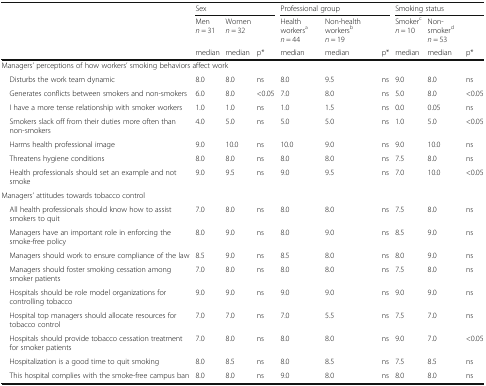
<table><thead><tr><td></td><td colspan="3"><b>Sex</b></td><td colspan="3"><b>Professional group</b></td><td colspan="3"><b>Smoking status</b></td></tr><tr><td></td><td><b>Men<i>n</i> = 31</b></td><td><b>Women<i>n</i> = 32</b></td><td></td><td><b>Health workers<sup>a</sup><i>n</i> = 44</b></td><td><b>Non-health workers<sup>b</sup><i>n</i> = 19</b></td><td></td><td><b>Smoker<sup>c</sup><i>n</i> = 10</b></td><td><b>Non-smoker<sup>d</sup><i>n</i> = 53</b></td><td></td></tr><tr><td></td><td><b>median</b></td><td><b>median</b></td><td><b>p*</b></td><td><b>median</b></td><td><b>median</b></td><td><b>p*</b></td><td><b>median</b></td><td><b>median</b></td><td><b>p*</b></td></tr></thead><tbody><tr><td colspan="10">Managers’ perceptions of how workers’ smoking behaviors affect work</td></tr><tr><td> Disturbs the work team dynamic</td><td>8.0</td><td>8.0</td><td>ns</td><td>8.0</td><td>9.5</td><td>ns</td><td>9.0</td><td>8.0</td><td>ns</td></tr><tr><td> Generates conflicts between smokers and non-smokers</td><td>6.0</td><td>8.0</td><td>&lt;0.05</td><td>7.0</td><td>8.0</td><td>ns</td><td>5.0</td><td>8.0</td><td>&lt;0.05</td></tr><tr><td> I have a more tense relationship with smoker workers</td><td>1.0</td><td>1.0</td><td>ns</td><td>1.0</td><td>1.5</td><td>ns</td><td>0.0</td><td>0.05</td><td>ns</td></tr><tr><td> Smokers slack off from their duties more often than non-smokers</td><td>4.0</td><td>5.0</td><td>ns</td><td>5.0</td><td>5.0</td><td>ns</td><td>1.0</td><td>5.0</td><td>&lt;0.05</td></tr><tr><td> Harms health professional image</td><td>9.0</td><td>10.0</td><td>ns</td><td>10.0</td><td>9.0</td><td>ns</td><td>9.0</td><td>10.0</td><td>ns</td></tr><tr><td> Threatens hygiene conditions</td><td>8.0</td><td>8.0</td><td>ns</td><td>8.0</td><td>8.0</td><td>ns</td><td>7.5</td><td>8.0</td><td>ns</td></tr><tr><td> Health professionals should set an example and not smoke</td><td>9.0</td><td>9.5</td><td>ns</td><td>9.0</td><td>9.5</td><td>ns</td><td>7.0</td><td>10.0</td><td>&lt;0.05</td></tr><tr><td colspan="10">Managers’ attitudes towards tobacco control</td></tr><tr><td> All health professionals should know how to assist smokers to quit</td><td>7.0</td><td>8.0</td><td>ns</td><td>8.0</td><td>8.0</td><td>ns</td><td>7.5</td><td>8.0</td><td>ns</td></tr><tr><td> Managers have an important role in enforcing the smoke-free policy</td><td>8.0</td><td>9.0</td><td>ns</td><td>8.0</td><td>9.0</td><td>ns</td><td>8.5</td><td>9.0</td><td>ns</td></tr><tr><td> Managers should work to ensure compliance of the law</td><td>8.5</td><td>9.0</td><td>ns</td><td>8.5</td><td>8.0</td><td>ns</td><td>8.0</td><td>9.0</td><td>ns</td></tr><tr><td> Managers should foster smoking cessation among smoker patients</td><td>7.0</td><td>8.0</td><td>ns</td><td>8.0</td><td>8.0</td><td>ns</td><td>7.5</td><td>8.0</td><td>ns</td></tr><tr><td> Hospitals should be role model organizations for controlling tobacco</td><td>9.0</td><td>9.0</td><td>ns</td><td>9.0</td><td>9.0</td><td>ns</td><td>9.0</td><td>9.0</td><td>ns</td></tr><tr><td> Hospital top managers should allocate resources for tobacco control</td><td>7.0</td><td>7.0</td><td>ns</td><td>7.0</td><td>5.5</td><td>ns</td><td>7.5</td><td>7.0</td><td>ns</td></tr><tr><td> Hospitals should provide tobacco cessation treatment for smoker patients</td><td>7.0</td><td>8.0</td><td>ns</td><td>8.0</td><td>8.0</td><td>ns</td><td>9.0</td><td>7.0</td><td>&lt;0.05</td></tr><tr><td> Hospitalization is a good time to quit smoking</td><td>8.0</td><td>8.5</td><td>ns</td><td>8.0</td><td>8.5</td><td>ns</td><td>7.5</td><td>8.5</td><td>ns</td></tr><tr><td> This hospital complies with the smoke-free campus ban</td><td>8.0</td><td>8.0</td><td>ns</td><td>9.0</td><td>8.0</td><td>ns</td><td>8.0</td><td>8.0</td><td>ns</td></tr></tbody></table>